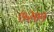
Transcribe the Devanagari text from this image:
७२०१